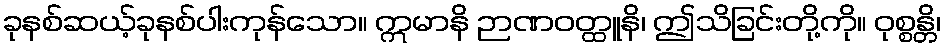
ခုနစ်ဆယ့်ခုနစ်ပါးကုန်သော။ ဣမာနိ ဉာဏဝတ္ထူနိ၊ ဤသိခြင်းတို့ကို။ ဝုစ္စန္တိ၊